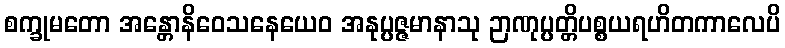
စက္ခုမတော အန္တောနိဝေသနေယေဝ အနုပ္ပဇ္ဇမာနာသု ဉာဏုပ္ပတ္တိပစ္စယရဟိတကာလေပိ